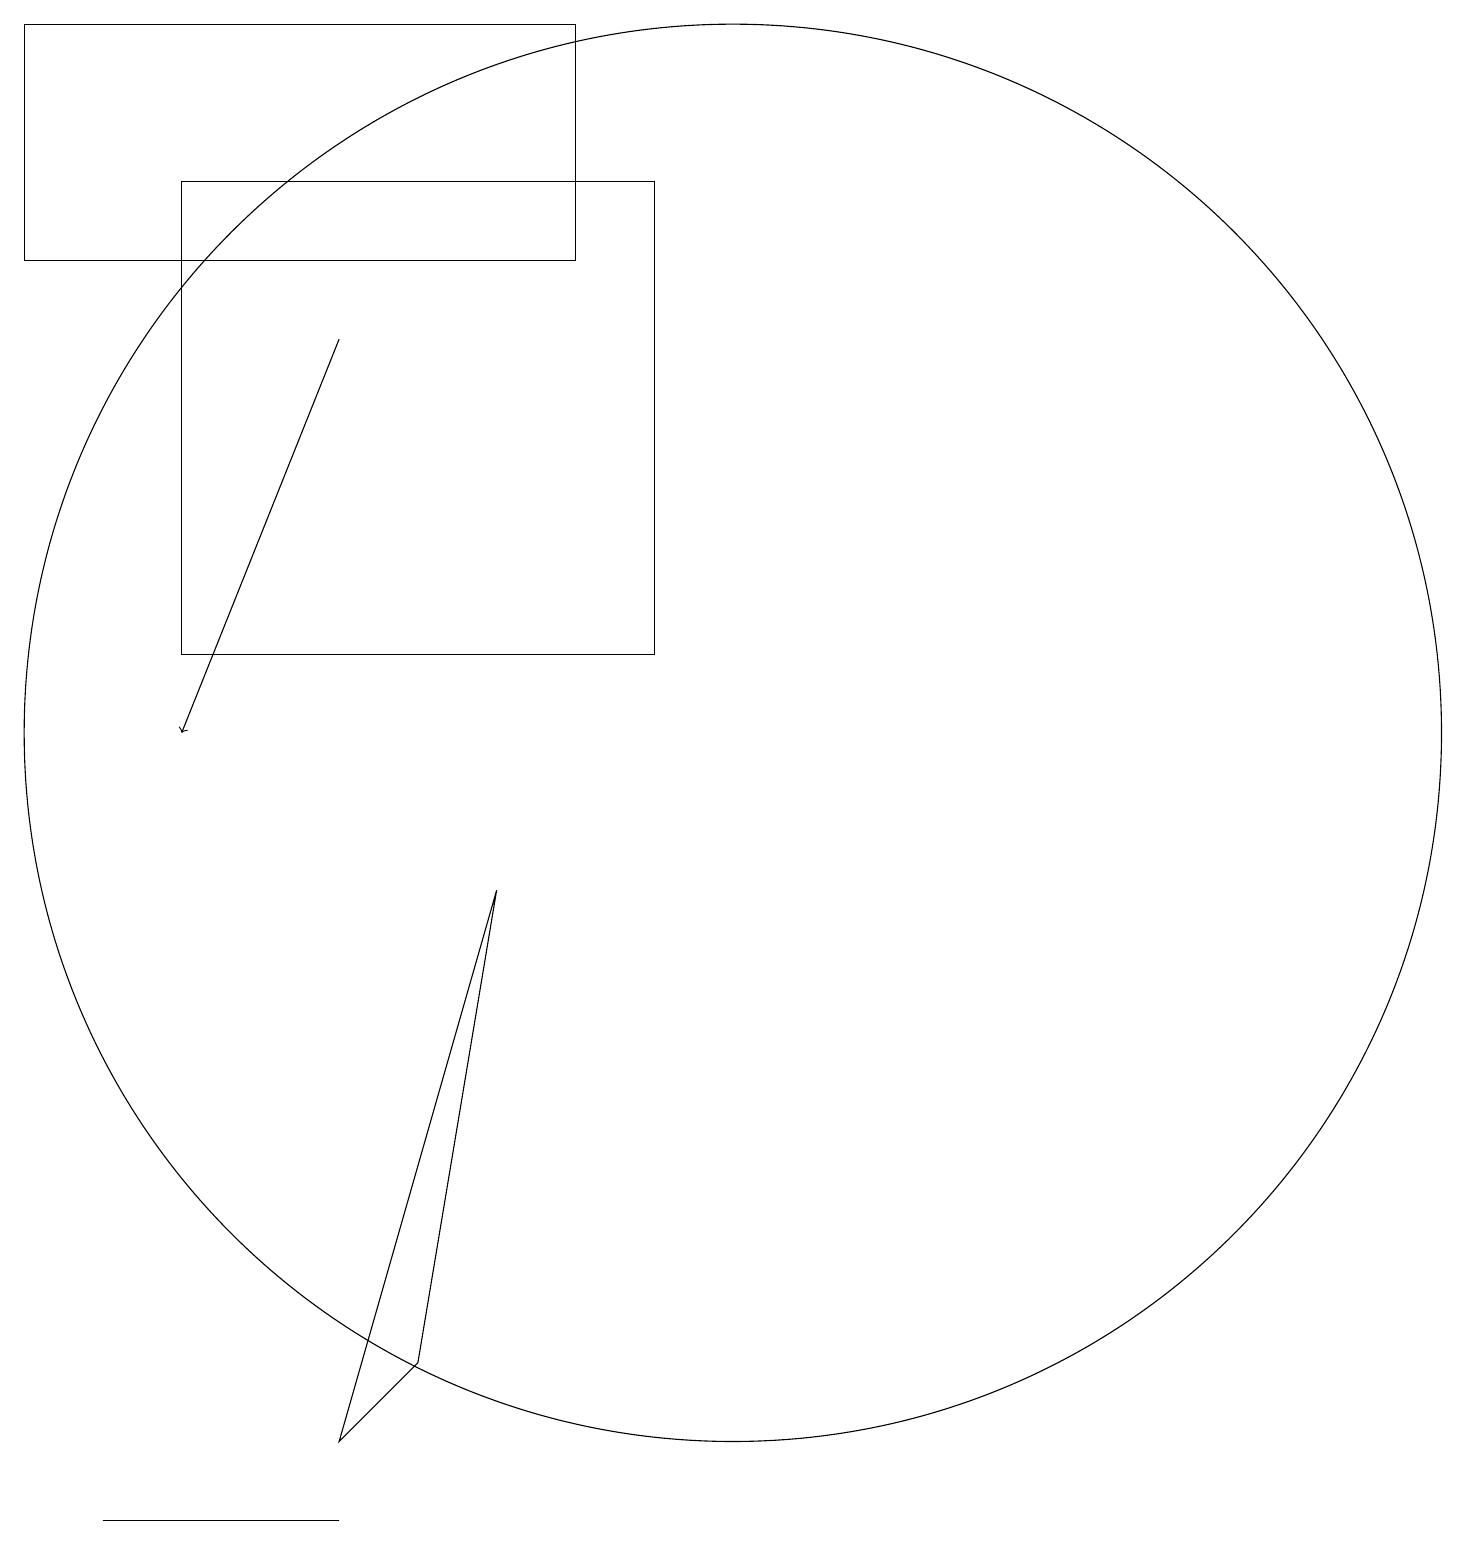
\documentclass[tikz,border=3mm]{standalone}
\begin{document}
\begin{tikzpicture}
\draw (2,0) -- (5,0) -- (2,0) -- cycle;
\draw[->] (5,15) -- (3,10);
\draw (8,16) rectangle (1,19);
\draw (10,10) circle (9);
\draw (7,8) -- (6,2) -- (5,1) -- cycle;
\draw (9,11) rectangle (3,17);
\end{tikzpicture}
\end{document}